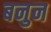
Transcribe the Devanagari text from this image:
बनुन